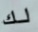
لك